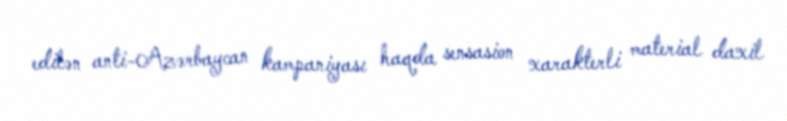
edilən anti-Azərbaycan kampaniyası haqda sensasion xarakterli material daxil